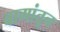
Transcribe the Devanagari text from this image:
बागांतून